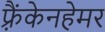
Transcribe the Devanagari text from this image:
फ़्रैंकेनहेमर